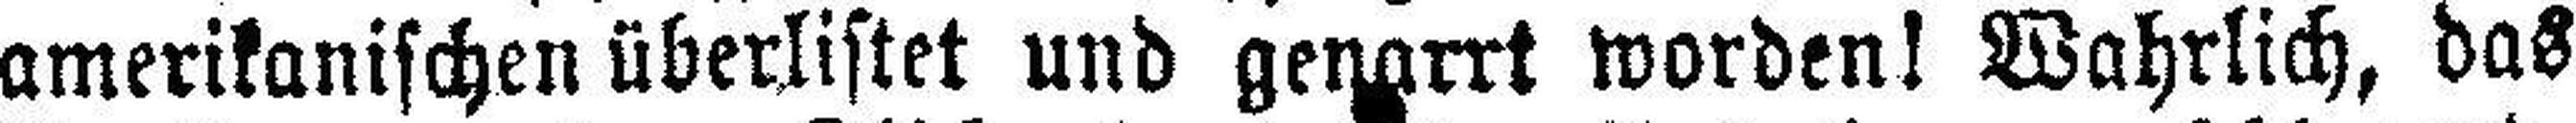
amerikanischen überlistet und genarrt worden! Wahrlich, das